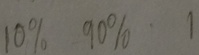
1 0 \% 9 0 \% 1